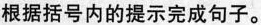
根据括号内的提示完成句子。